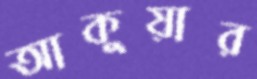
আকুয়ার